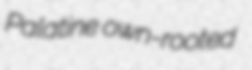
Palatine own-rooted